Report on the cholera epidemic of
Year: 1868
Disease focus: Cholera
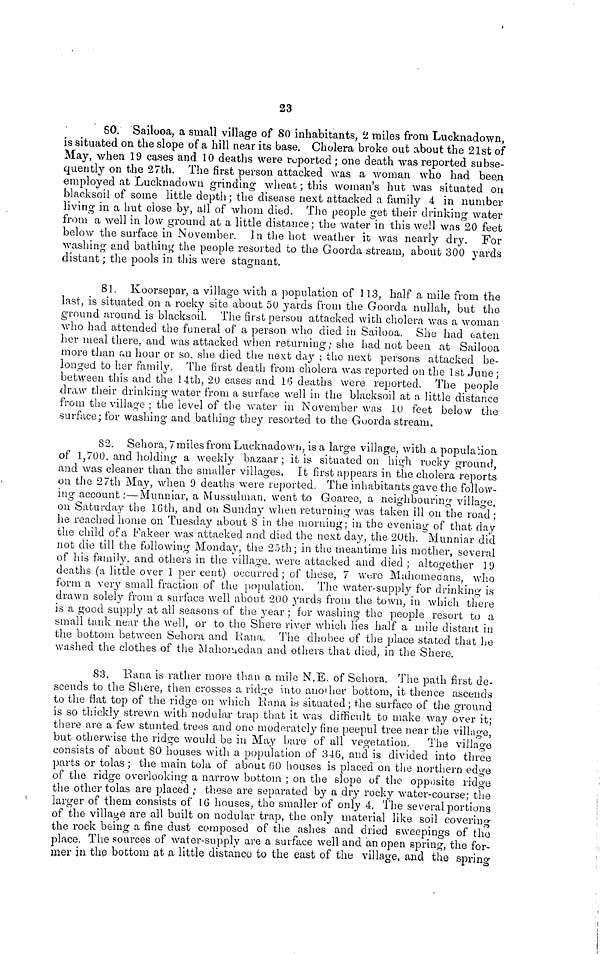
23
60. Sailooa, a small village of 80 inhabitants, 2 miles from Lucknadown,
is situated on the slope of a hill near its base. Cholera broke out about the 21st of
May, when 19 cases and 10 deaths were reported ; one death was reported subse-
quently on the 27th. The first person attacked was a woman who had bee,n
employed at Lucknadown grinding wheat ; this woman's hut was situated on
blacksoil of some little depth; the disease next attacked a family 4 in number
living in a hut close by, all of whom died. The people get their drinking water
from a well in low ground at a little distance; the water in this well was 20 feet
below the surface in November. In the hot weather it was nearly dry. For
washing and bathing the people resorted to the Goorda stream, about 300 yards
distant ; the pools in this were stagnant.
81. Koorsepar, a village with a population of 113, half a mile from the
last, is situated on a rocky site about 50 yards from the Goorda nullah, but the
ground around is blacksoil. The first person attacked with cholera was a woman
who had attended the funeral of a person who died in Sailooa. She had eaten
her meal there, and was attacked when returning; she had not been at Sailooa
more than an hour or so, she died the next day ; the next persons attacked be-
longed to her family. The first death from cholera was reported on the 1st June;
between this and the 14th, 20 cases and 16 deaths were reported. The people
draw their drinking water from a surface well in the blacksoil at a little distance
from the village ; the level of the water in November was 10 feet below the
surface; for washing and bathing they resorted to the Guorda stream.
82. Sehora, 7miles from Lucknadown, is a large village, with a population
of 1,700, and holding a weekly bazaar ; it is situated on high rocky ground.
and was cleaner than the smaller villages. It first appears in the cholera reports
on the 27th May, when 9 deaths were reported. The inhabitants gave the follow-
ino· account :—Munniar, a Mussulman, went to Goaree, a neighbouring village,
on Saturday the 16th, and on Sunday when returning was taken ill on the road ;
he reached home on Tuesday about 8 in the morning ; in the evening of that day
the child of a Fakeer was attacked and died the next day, the 20th. Munniar did
not die till the following Monday, the 25th; in the meantime his mother, several
of his family, and others in the village, were attacked and died ; altogether 1 9
deaths (a little over 1 per cent) occurred; of these, 7 were Mahomeoans, who
form a very small fraction of the population. The water-supply for drinking is
drawn solely from a surface well about 200 yards from the town, in which there
is a good supply at all seasons of the year ; for washing the people resort to a
small tank near the well, or to the Shere river which lies half a mile distant in
the bottom between Sehora and Rana. The dhobee of the place stated that he
washed the clothes of the Mahomedan and others that died, in the Shere.
83. Rana is rather more than a mile N.E. of Sehora. The path first de-
scends to the Shere, then crosses a ridge into another bottom, it thence ascends
to the flat top of the ridge on which Rana is situated; the surface of the ground
is so thickly strewn with nodular trap that it was difficult to make way over it;
there are a few stunted trees and one moderately fine peepul tree near the village,
but otherwise the ridge would be in May bare of all vegetation.
The village
consists of about 80 houses with a population of 346, and is divided into three
parts or tolas ; the main tola of about 60 houses is placed on the northern edge
of the ridge overlooking a narrow bottom ; on the slope of the opposite ridge
the other tolas are placed ; these are separated by a dry rocky water-course; the
larger of them consists of 16 houses, the smaller of only 4. The several portions
of the village are all built on nodular trap, the only material like soil covering
the rock being a fine dust composed of the ashes and dried sweepings of the
place. The sources of water-supply are a surface well and an open spring, the for-
mer in the bottom at a little distance to the east of the village, and the spring